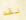
لقد